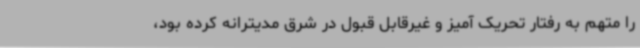
را متهم به رفتار تحریک آمیز و غیرقابل قبول در شرق مدیترانه کرده بود،